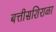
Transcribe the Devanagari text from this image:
बत्तीसशिराळा